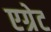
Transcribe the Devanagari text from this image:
एग्रेट